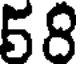
58